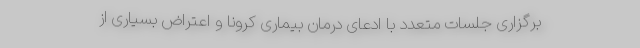
برگزاری جلسات متعدد با ادعای درمان بیماری کرونا و اعتراض بسیاری از